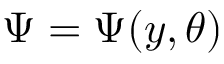
\Psi = \Psi ( y , \theta )